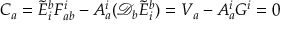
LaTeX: C _ { a } = { \tilde { E } } _ { i } ^ { b } F _ { a b } ^ { i } - A _ { a } ^ { i } ( { \mathcal { D } } _ { b } { \tilde { E } } _ { i } ^ { b } ) = V _ { a } - A _ { a } ^ { i } G ^ { i } = 0